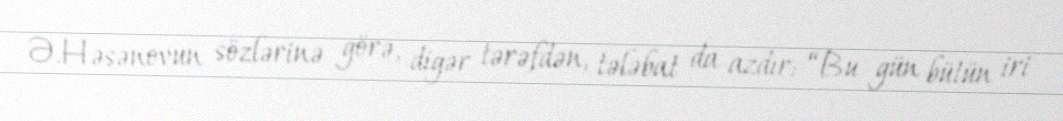
Ə.Həsənovun sözlərinə görə, digər tərəfdən, tələbat da azdır: “Bu gün bütün iri